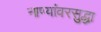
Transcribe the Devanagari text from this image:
नाण्यांवरसुद्धा